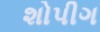
શોપીગ